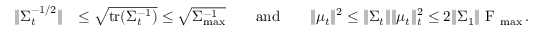
\begin{array} { r l } { \Vert \Sigma _ { t } ^ { - 1 / 2 } \Vert } & { \leq \sqrt { \operatorname { t r } ( \Sigma _ { t } ^ { - 1 } ) } \leq \sqrt { \Sigma _ { \operatorname* { m a x } } ^ { - 1 } } \qquad \mathrm { a n d } \qquad \Vert \mu _ { t } \Vert ^ { 2 } \leq \Vert \Sigma _ { t } \Vert \Vert \mu _ { t } \Vert _ { t } ^ { 2 } \leq 2 \Vert \Sigma _ { 1 } \Vert \textrm { F } _ { \operatorname* { m a x } } \, . } \end{array}